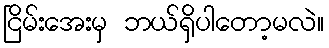
ငြိမ်းအေးမှ ဘယ်ရှိပါတော့မလဲ။